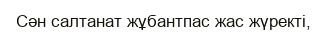
Сән салтанат жұбантпас жас жүректі,